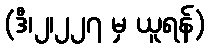
(ဒီ၊၂၊၂၂၇ မှ ယူရန်)